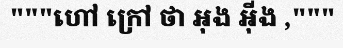
"""ហៅ ក្រៅ ថា អុង អ៊ីង ,"""